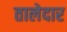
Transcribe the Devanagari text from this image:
तालेदार